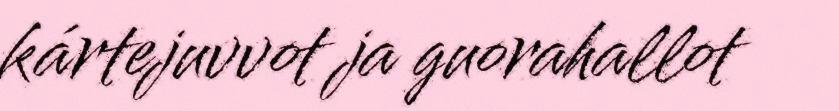
kártejuvvot ja guorahallot